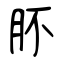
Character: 肧